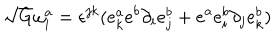
\sqrt { G } \omega _ { i } ^ { a } = \epsilon ^ { j k } ( e _ { k } ^ { a } e ^ { b } \partial _ { i } e _ { j } ^ { b } + e ^ { a } e _ { i } ^ { b } \partial _ { j } e _ { k } ^ { b } )